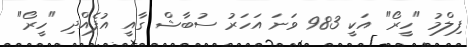
ފިލްމު "ހީރޯ" އަކީ 983 ވަނަ އަހަރު ސުބާޝް ގާއީ އުފެއްދި "ހީރޯ"